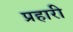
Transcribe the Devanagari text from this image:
प्रहारी